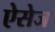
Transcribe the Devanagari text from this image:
ऐसेज